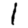
Digit: 1